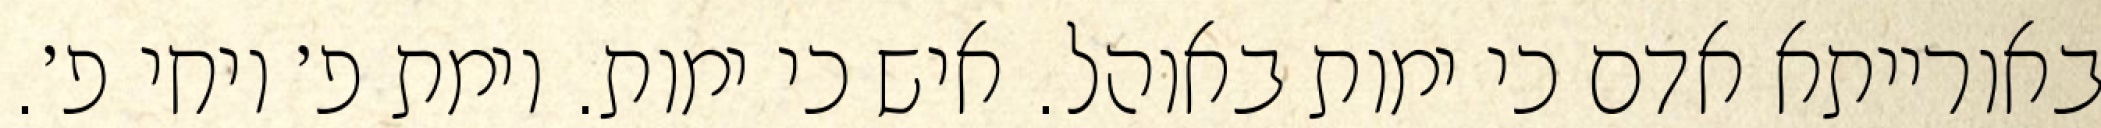
באורייתא אדם כי ימות באוהל. איש כי ימות. וימת פ׳ ויחי פ׳.